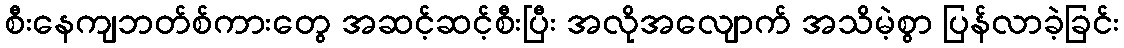
စီးနေကျဘတ်စ်ကားတွေ အဆင့်ဆင့်စီးပြီး အလိုအလျောက် အသိမဲ့စွာ ပြန်လာခဲ့ခြင်း